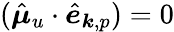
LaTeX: (\hat{\boldsymbol\mu}_{u}\cdot\hat{\boldsymbol e}_{{\boldsymbol k},{p}})=0